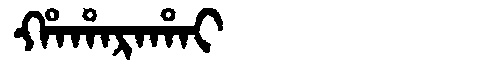
Manchu: ᡥᠠᡥᠠᡵᠠᡥᠠᡳ
Romanization: HAHARAHAI